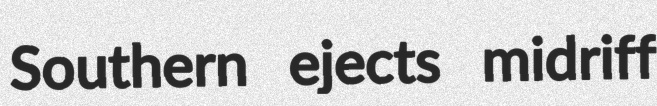
Southern ejects midriff